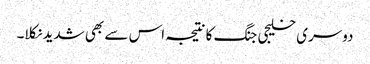
دوسری خلیجی جنگ کا نتیجہ اس سے بھی شدید نکلا۔